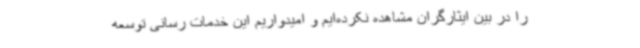
را در بین ایثارگران مشاهده نکرده‌ایم و امیدواریم این خدمات رسانی توسعه